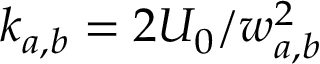
k _ { a , b } = 2 U _ { 0 } / w _ { a , b } ^ { 2 }